Civil Veterinary Department Bihar & Orissa reports 1929-36 - 1929-1936
Year: 1929
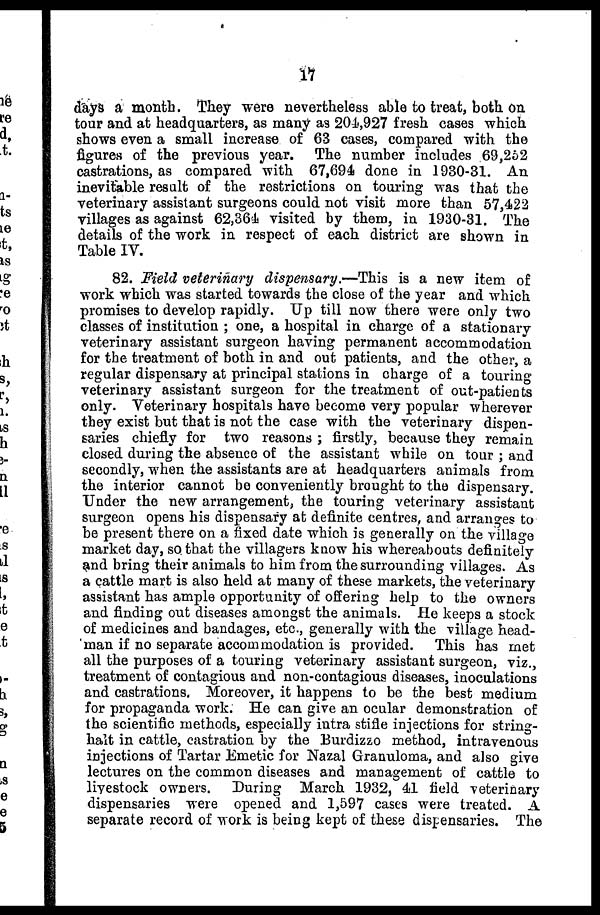
17
days a month. They were nevertheless able to treat, both on
tour and at headquarters, as many as 204,927 fresh cases which
shows even a small increase of 63 cases, compared with the
figures of the previous year. The number includes 69,262
castrations, as compared with 67,694 done in 1930-31. An
inevitable result of the restrictions on touring was that the
veterinary assistant surgeons could not visit more than 57,422
villages as against 62,364 visited by them, in 1930-31. The
details of the work in respect of each district are shown in
Table IV.
82. Field veterinary dispensary.—This is a new item of
work which was started towards the close of the year and which
promises to develop rapidly. Up till now there were only two
classes of institution ; one, a hospital in charge of a stationary
veterinary assistant surgeon having permanent accommodation
for the treatment of both in and out patients, and the other, a
regular dispensary at principal stations in charge of a touring
veterinary assistant surgeon for the treatment of out-patients
only. Veterinary hospitals have become very popular wherever
they exist but that is not the case with the veterinary dispen-
saries chiefly for two reasons ; firstly, because they remain
closed during the absence of the assistant while on tour ; and
secondly, when the assistants are at headquarters animals from
the interior cannot be conveniently brought to the dispensary.
Under the new arrangement, the touring veterinary assistant
surgeon opens his dispensary at definite centres, and arranges to
be present there on a fixed date which is generally on the village
market day, so that the villagers know his whereabouts definitely
and bring their animals to him from the surrounding villages. As
a cattle mart is also held at many of these markets, the veterinary
assistant has ample opportunity of offering help to the owners
and finding out diseases amongst the animals. He keeps a stock
of medicines and bandages, etc., generally with the village head-
man if no separate accommodation is provided. This has met
all the purposes of a touring veterinary assistant surgeon, viz.,
treatment of contagious and non-contagions diseases, inoculations
and castrations. Moreover, it happens to be the best medium
for propaganda work. He can give an ocular demonstration of
the scientific methods, especially intra stifle injections for string-
halt in cattle, castration by the Burdizzo method, intravenous
injections of Tartar Emetic for Nazal Granuloma, and also give
lectures on the common diseases and management of cattle to
livestock owners. During March 1932, 41 field veterinary
dispensaries were opened and 1,597 cases were treated. A
separate record of work is being kept of these dispensaries. The